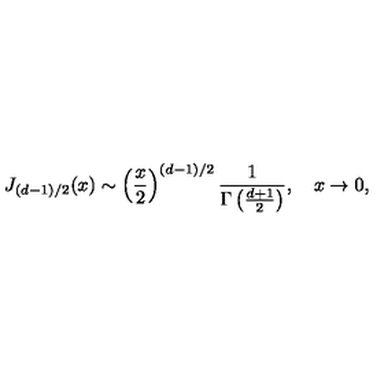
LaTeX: J _ { ( d - 1 ) / 2 } ( x ) \sim \left( { \frac { x } { 2 } } \right) ^ { ( d - 1 ) / 2 } { \frac { 1 } { \Gamma \left( { \frac { d + 1 } { 2 } } \right) } } , \quad x \to 0 ,